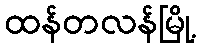
ထန်တလန်မြို့